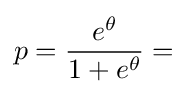
p={\frac {e^{\theta }}{1+e^{\theta }}}=